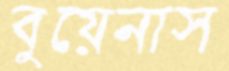
বুয়েনাস